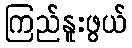
ကြည်နူးဖွယ်